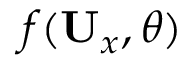
f ( \mathbf { U } _ { x } , \theta )